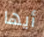
أيها